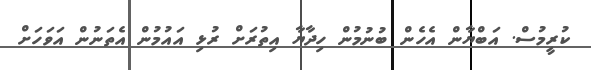
ކުރީމުސް. އަބްޔާން އެހެން ބުނުމުން ހިދާޔާ އިތުރަށް ރުޅި އައުމުން އެތަނުން އަވަހަށް